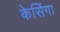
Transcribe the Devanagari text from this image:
केसिंगा